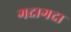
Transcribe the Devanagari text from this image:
गदागदा